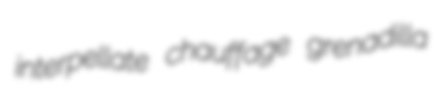
interpellate chauffage grenadilla